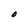
Character: O